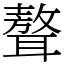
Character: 聱